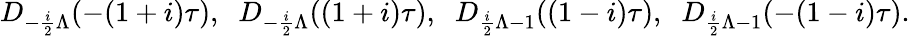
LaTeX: D_{-\frac{i}{2}\Lambda}(-(1+i)\tau),\; \; D_{-\frac{i}{2}\Lambda}((1+i)\tau),\; \; D_{\frac{i}{2}\Lambda-1}((1-i)\tau),\; \; D_{\frac{i}{2}\Lambda-1}(-(1-i)\tau).